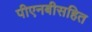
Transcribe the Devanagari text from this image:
पीएनबीसहित